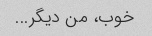
خوب، من دیگر...